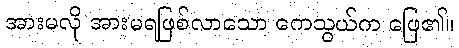
အားမလို အားမရဖြစ်လာသော ကေသွယ်က ဖြေ၏။